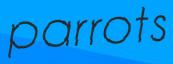
parrots